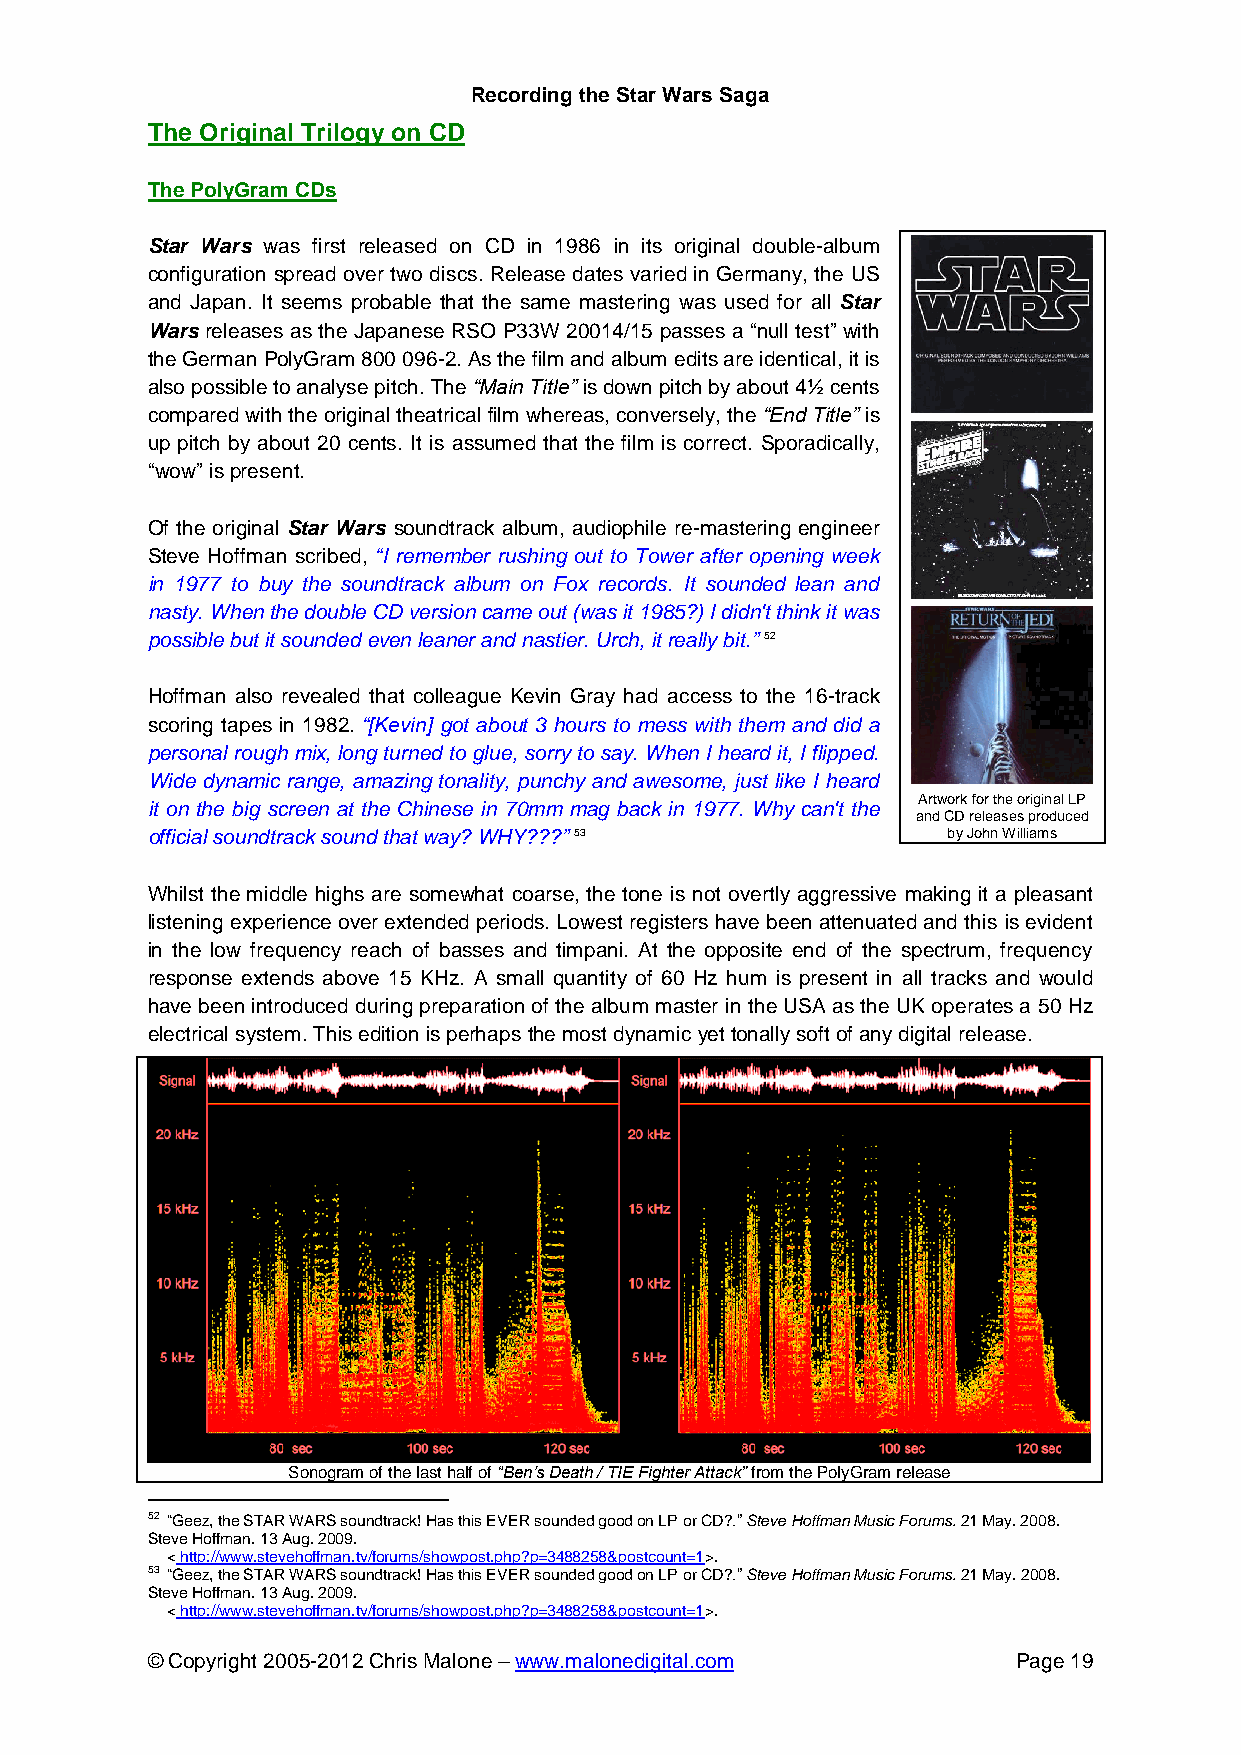
Recording the Star Wars Saga
 The Original Trilogy on CD
 The PolyGram CDs
 Star Wars was first released on CD in 1986 in its original double-album
 configuration spread over two discs. Release dates varied in Germany, the US
 and Japan. It seems probable that the same mastering was used for all Star
 Wars releases as the Japanese RSO P33W 20014/15 passes a “null test” with
 the German PolyGram 800 096-2. As the film and album edits are identical, it is
 also possible to analyse pitch. The “Main Title” is down pitch by about 4½ cents
 compared with the original theatrical film whereas, conversely, the “End Title” is
 up pitch by about 20 cents. It is assumed that the film is correct. Sporadically,
 “wow” is present.
 Of the original Star Wars soundtrack album, audiophile re-mastering engineer
 Steve Hoffman scribed, “I remember rushing out to Tower after opening week
 in 1977 to buy the soundtrack album on Fox records. It sounded lean and
 nasty. When the double CD version came out (was it 1985?) I didn't think it was
 possible but it sounded even leaner and nastier. Urch, it really bit.” 52
 Hoffman also revealed that colleague Kevin Gray had access to the 16-track
 scoring tapes in 1982. “[Kevin] got about 3 hours to mess with them and did a
 personal rough mix, long turned to glue, sorry to say. When I heard it, I flipped.
 Wide dynamic range, amazing tonality, punchy and awesome, just like I heard
 Artwork for the original LP
 it on the big screen at the Chinese in 70mm mag back in 1977. Why can't the
 and CD releases produced
 official soundtrack sound that way? WHY???” 53       by John Williams
 Whilst the middle highs are somewhat coarse, the tone is not overtly aggressive making it a pleasant
 listening experience over extended periods. Lowest registers have been attenuated and this is evident
 in the low frequency reach of basses and timpani. At the opposite end of the spectrum, frequency
 response extends above 15 KHz. A small quantity of 60 Hz hum is present in all tracks and would
 have been introduced during preparation of the album master in the USA as the UK operates a 50 Hz
 electrical system. This edition is perhaps the most dynamic yet tonally soft of any digital release.
 Sonogram of the last half of “Ben’s Death / TIE Fighter Attack” from the PolyGram release
 52 “Geez, the STAR WARS soundtrack! Has this EVER sounded good on LP or CD?.” Steve Hoffman Music Forums. 21 May. 2008.
 Steve Hoffman. 13 Aug. 2009.
 < http://www.stevehoffman.tv/forums/showpost.php?p=3488258&postcount=1>.
 53 “Geez, the STAR WARS soundtrack! Has this EVER sounded good on LP or CD?.” Steve Hoffman Music Forums. 21 May. 2008.
 Steve Hoffman. 13 Aug. 2009.
 < http://www.stevehoffman.tv/forums/showpost.php?p=3488258&postcount=1>.
 © Copyright 2005-2012 Chris Malone – www.malonedigital.com Page 19